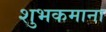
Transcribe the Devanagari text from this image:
शुभकमाना